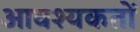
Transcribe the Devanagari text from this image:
आवश्यकतों